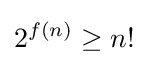
2^{f(n)}\geq n!